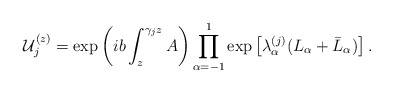
\begin{align*}{\cal U}_j^{(z)}={\rm exp}\left(ib\int_z^{\gamma_j z} A\right) \prod_{\alpha=-1}^1{\rm exp}\left[\lambda_{\alpha}^{(j)}(L_{\alpha}+\bar L_{\alpha})\right].\end{align*}